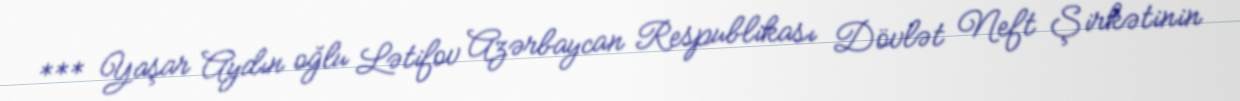
*** Yaşar Aydın oğlu Lətifov Azərbaycan Respublikası Dövlət Neft Şirkətinin